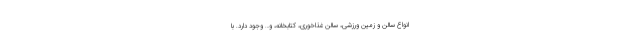
انواع سالن و زمین ورزشی، سالن غذاخوری، کتابخانه، و… وجود دارد. با